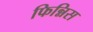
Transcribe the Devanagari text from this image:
फिन्निस